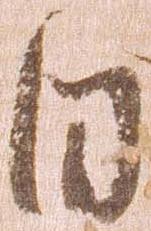
日